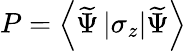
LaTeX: P=\left\langle\widetilde{\Psi}\left|\sigma_{z}\right|\widetilde{\Psi}\right\rangle